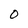
Character: O